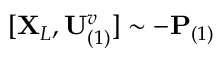
[ \mathbf { X } _ { L } , \mathbf { U } _ { ( 1 ) } ^ { v } ] \sim - \mathbf { P } _ { ( 1 ) }